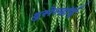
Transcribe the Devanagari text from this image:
दुसेल्डॉर्फ